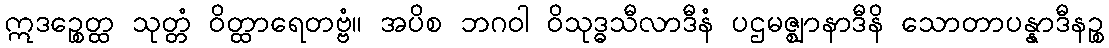
ဣဒဉ္စေတ္ထ သုတ္တံ ဝိတ္ထာရေတဗ္ဗံ။ အပိစ ဘဂဝါ ဝိသုဒ္ဓသီလာဒီနံ ပဌမဇ္ဈာနာဒီနိ သောတာပန္နာဒီနဉ္စ